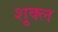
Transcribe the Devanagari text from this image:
शु्क्ल